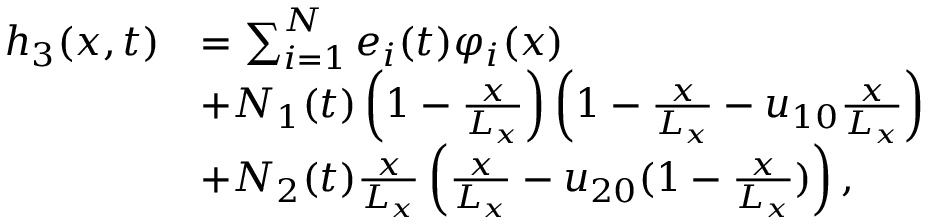
\begin{array} { r l } { h _ { 3 } ( x , t ) } & { = \sum _ { i = 1 } ^ { N } e _ { i } ( t ) \varphi _ { i } ( x ) } \\ & { + N _ { 1 } ( t ) \left( 1 - \frac { x } { L _ { x } } \right) \left( 1 - \frac { x } { L _ { x } } - u _ { 1 0 } \frac { x } { L _ { x } } \right) } \\ & { + N _ { 2 } ( t ) \frac { x } { L _ { x } } \left( \frac { x } { L _ { x } } - u _ { 2 0 } ( 1 - \frac { x } { L _ { x } } ) \right) , } \end{array}